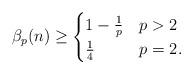
LaTeX: \begin{align*} \beta_{p}(n) \geq \begin{cases} 1 - \frac{1}{p} & p > 2\\ \frac{1}{4} & p = 2.\end{cases}\end{align*}